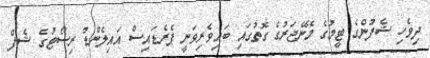
ދިވެހި ޝެފުންގެ ޓީމުގެ މެނޭޖަރުގެ ގޮތުގައި ބައިވެރިވަނީ ޕެރެޑައިސް އައިލެންޑް ރިސޯޓުގެ ޝެފް